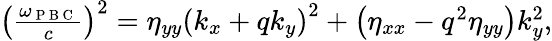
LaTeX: \begin{array}{r}{\left(\frac{\omega_{\mathrm{~P~B~C~}}}{c}\right)^{2}=\eta_{yy}\left(k_{x}+qk_{y}\right)^{2}+\left(\eta_{xx}-q^{2}\eta_{yy}\right)k_{y}^{2},}\end{array}